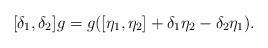
LaTeX: \begin{align*}[\delta_1, \delta_2] g = g ([\eta_1, \eta_2] + \delta_1 \eta_2 - \delta_2\eta_1).\end{align*}